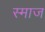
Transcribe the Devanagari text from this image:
स्माज